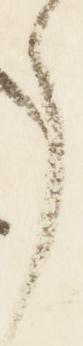
了